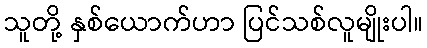
သူတို့ နှစ်ယောက်ဟာ ပြင်သစ်လူမျိုးပါ။